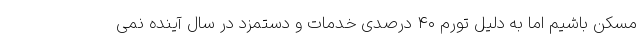
مسکن باشیم اما به دلیل تورم ۴۰ درصدی خدمات و دستمزد در سال آینده نمی